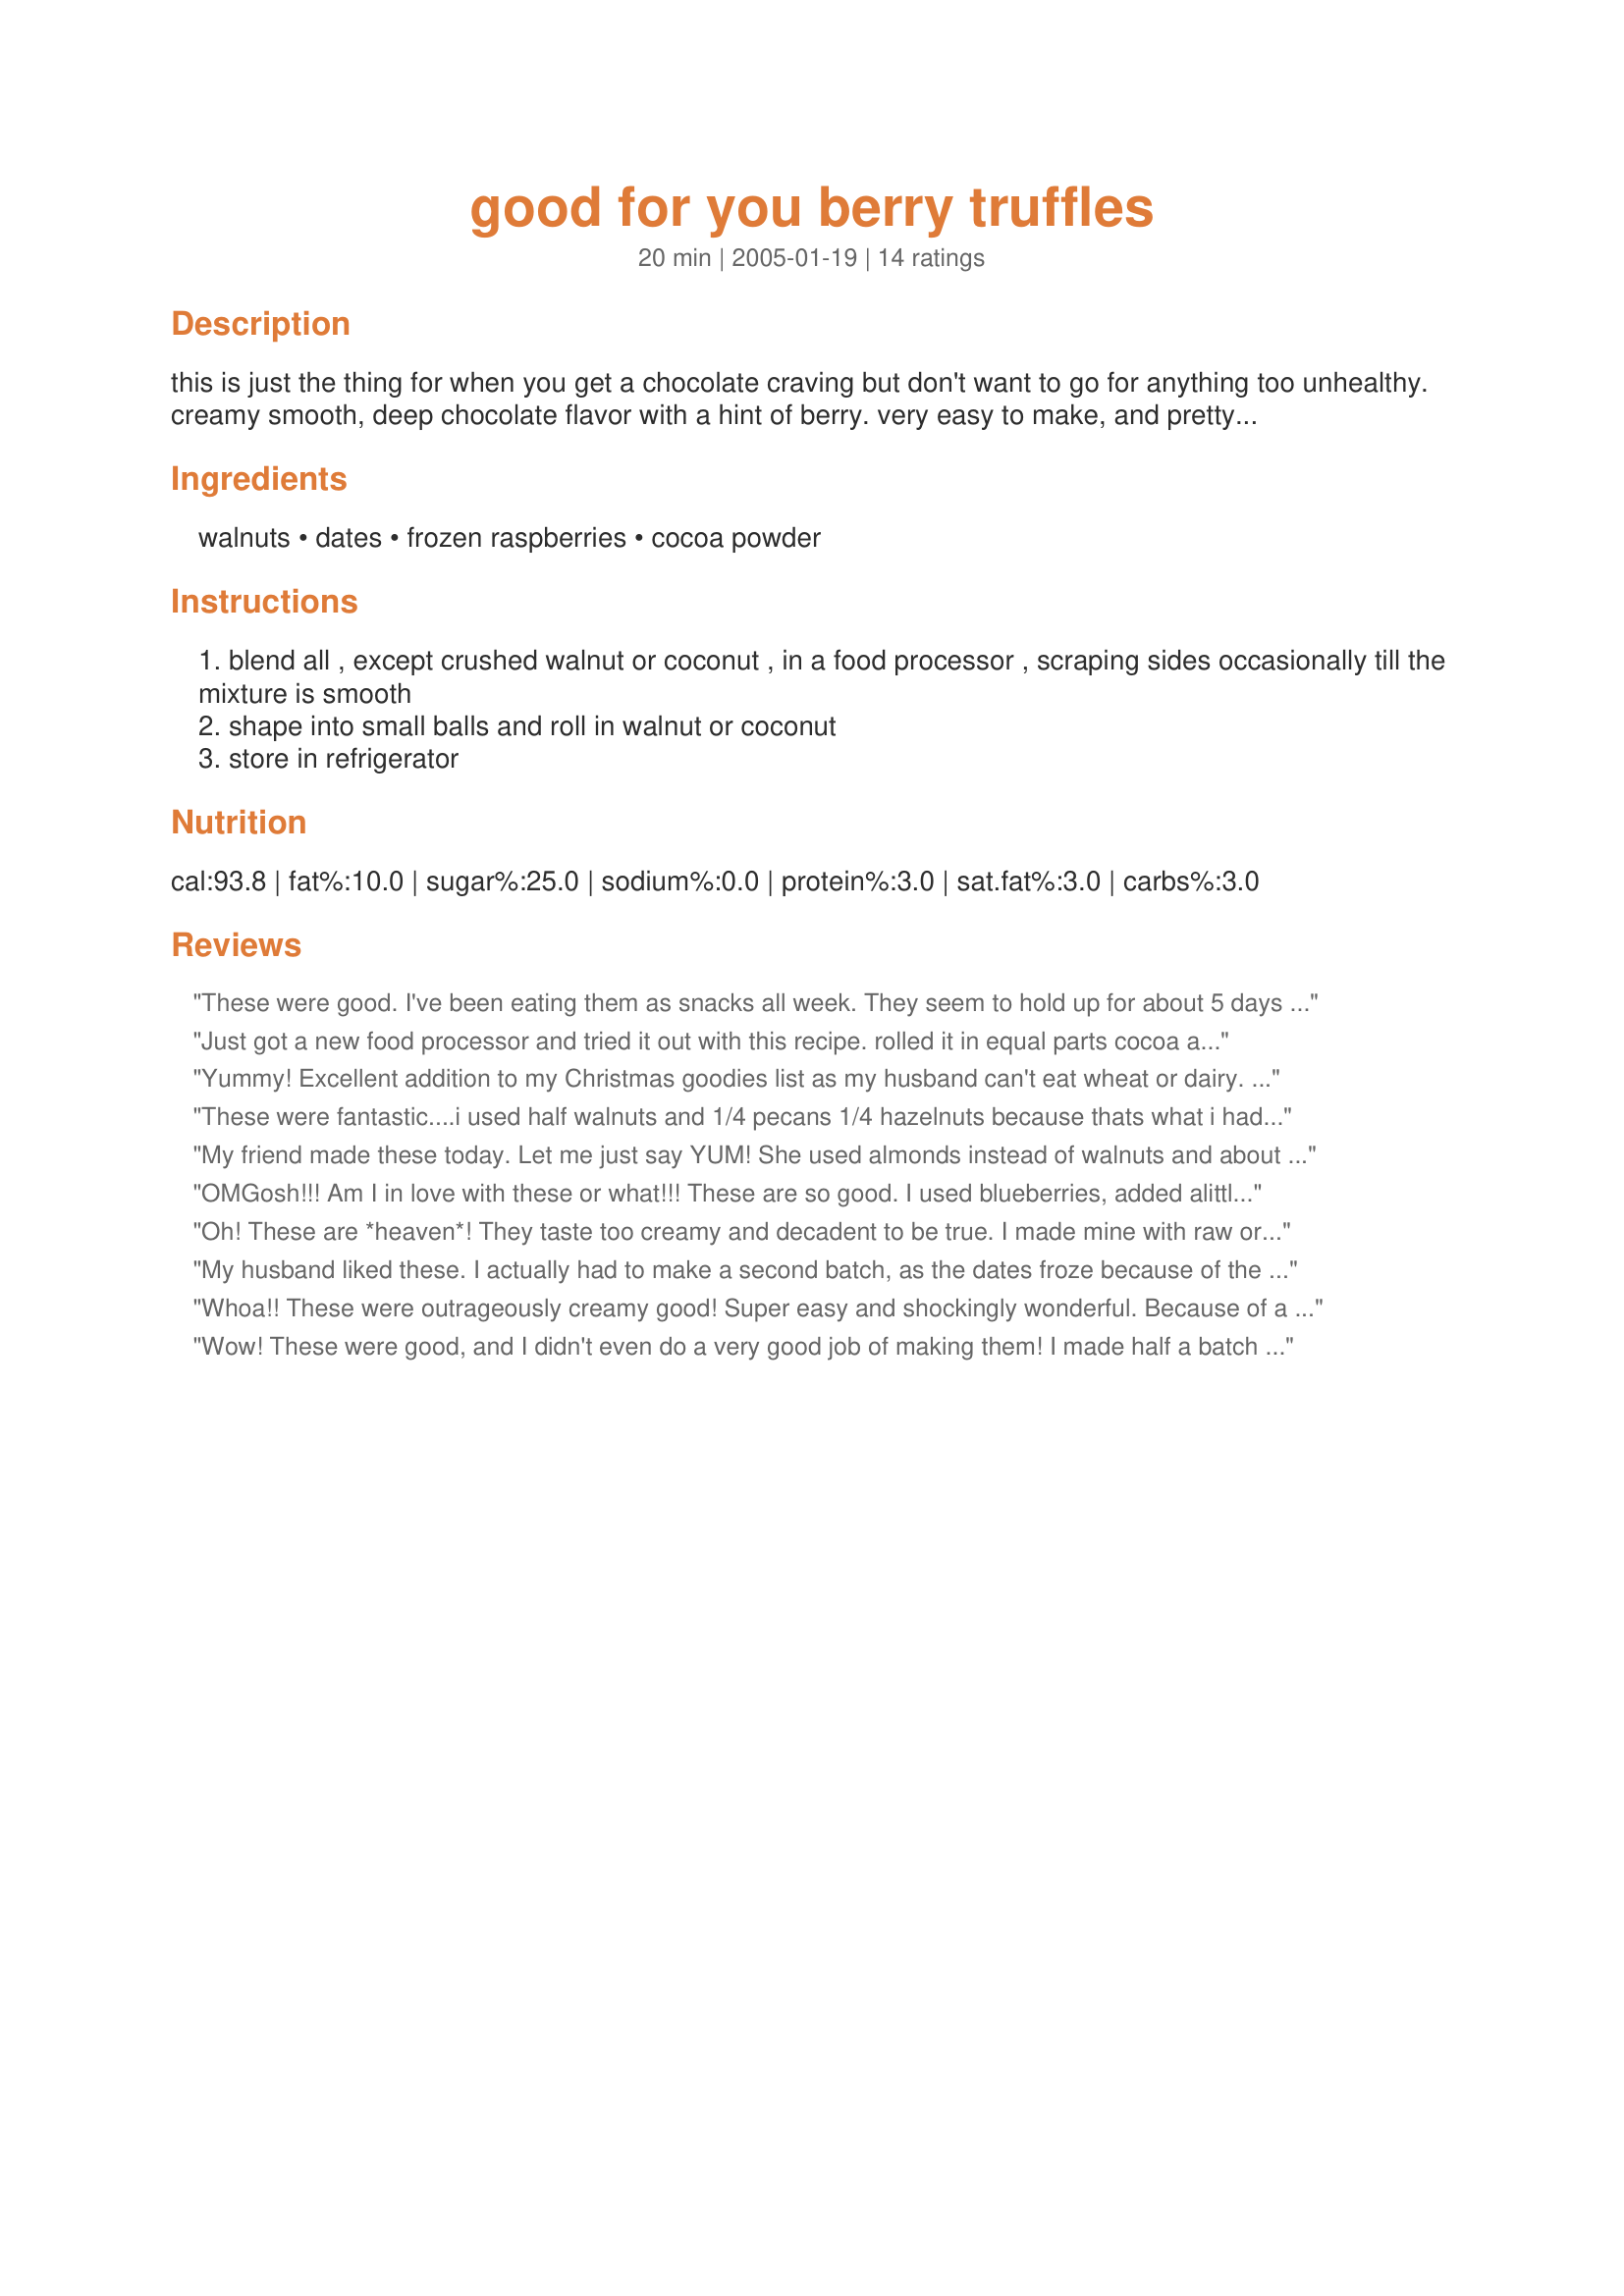
good for you berry truffles
Preparation time: 20 minutes

this is just the thing for when you get a chocolate craving but don't want to go for anything too unhealthy. creamy smooth, deep chocolate flavor with a hint of berry. very easy to make, and pretty much guilt-free! i used only about 10 dates and added stevia to taste so there would be less sugars.

Ingredients:
walnuts, dates, frozen raspberries, cocoa powder

Steps:
blend all , except crushed walnut or coconut , in a food processor , scraping sides occasionally till the mixture is smooth
shape into small balls and roll in walnut or coconut
store in refrigerator

Reviews:
These were good. I've been eating them as snacks all week. They seem to hold up for about 5 days in the fridge. These are not sweet at all, very healthy tasting. This is fine for me, but if I were serving these to guests I'd probably add in some agave nectar to sweeten. I added some of the walnuts to the food processor by themselves to get them finely ground (for rolling them in), set those aside and then mixed the rest. It was a little thick to process, even with my decent food processor. Blenders would not work for this recipe.
Just got a new food processor and tried it out with this recipe. rolled it in equal parts cocoa and powder sugar, added a little splenda to sweetened a little. DH was suprised at how smooth it turned out. I would make it again.
Yummy! Excellent addition to my Christmas goodies list as my husband can't eat wheat or dairy. <br/>Definite 2 thumbs up, even with my girlfriends who are chocoholics and don't have dietary restrictions. I added some maple syrup to sweeten them a bit.
These were fantastic....i used half walnuts and 1/4 pecans 1/4 hazelnuts because thats what i had on hand....they were a little "wet" which may have been the combo of nuts i used so i added a bit more cocoa and they came out fine.

thanks for sharing this great recipe
My friend made these today. Let me just say YUM! She used almonds instead of walnuts and about 1 1/2 cups of dates. I printed out the recipe and took it to the grocery store to buy the ingredients to make my own.
OMGosh!!! Am I in love with these or what!!! These are so good. I used blueberries, added alittle Agave and rolled in coconut. They remind me of a Mounds Bar, but with a hint of berry. I wouldn't trade these for a Mounds bar ever.
I had the prettiest purple fingers, but it washed off nicely. Love 'em...love 'em...love 'em!!!! Thank you yogi!!! I see you have some more great looking recipes I am looking forward to trying!!!
Oh! These are *heaven*! They taste too creamy and decadent to be true. I made mine with raw organic walnuts, frozen organic raspberries and chose to roll them in organic unsweetened coconut. We didn't find it sweet enough with just the dates, so I added a little bit (maybe a Tbs?) of honey until it was sweet enough for our tastes. I am just amazed at how truly truffle-like these are. They are sublimely chocolatey with wonderful hints of flavor from the nuts and berries. This is a true gem. Thanks a million for posting, yogi!
My husband liked these. I actually had to make a second batch, as the dates froze because of the berries and my processor didn't like that. So I took another reviewers suggestion and chopped the dates first. I processed the nuts and dates together before adding the frozen berries and also added a 1/4 cup of icing sugar. My dates weren't that sweet. They remind me of raspberry/chocolate ice cream balls, since they have to be in the fridge.:)
Whoa!! These were outrageously creamy good! Super easy and shockingly wonderful. Because of a chocolate allergy I substituted carob, added some cinnamon and a tiny amount of stevia to sweeten a bit (maybe 1/8 tsp-probably didn't even need it). DH and I are trying out the RAW diet and these were perfect. We'll be taking these to the family reunion, they are sure to be a hit! Thank-you for a wonderful treat.
Wow! These were good, and I didn't even do a very good job of making them! I made half a batch and even that overwhelmed my little bitty food processor. Next time, I will grind the walnuts by themselves before adding the other stuff. I coated some with cocoa, which had its pros and cons. Everyone tried them, even my picky eaters. Great recipe! Thanks! Reviewed for Healthy Choices ABC tag.
SO good...made 1/2 batch (portion and pocketbook control {{lol}}-i used organic raw walnuts, 3 dates, fresh blueberries (bought bulk and frozen by me for special treats just like this one) ... rolled them in unsweetened natural coconut flakes...want to make them again and again...they will probably join my Holiday goodies plates 'cause they are so YUM- will play with other things to roll them in and plan to "hide" an almond in the center of some next time...these were berry, berry good for me- THANKS!!! :)
Yummy! And so nutritious. I don't recommend trying to make this in a blender. I had to do it in batches. This has inspired me to buy a food processor.
Just made these. Very yummy!!! I used the blender since we don't have a very good food processor...I guess food processors (not necessarily ours) are better than blenders at this recipe, because it took forEVER to blend. Next time I'm so totally chopping the dates and nuts before combining. Fab recipe, Yogi! Thanks!!!!
These were a good healthyish treat. I will definitely make them again. thanks for the recipe.
